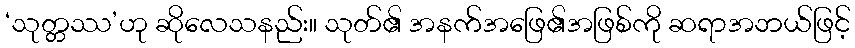
‘သုတ္တဿ’ဟု ဆိုလေသနည်း။ သုတ်၏ အနက်အဖြေ၏အဖြစ်ကို ဆရာအဘယ်ဖြင့်